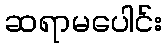
ဆရာမပေါင်း